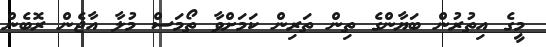
މީގެ އިތުރުން ބަޔާންގެ ތިން ތަރިން ކަމަށްވާ ތޯމަސް މުލާ އާޖެން ރޮބެން